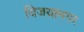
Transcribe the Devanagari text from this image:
विजयानगर